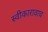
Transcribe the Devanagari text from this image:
स्वीकारावाच